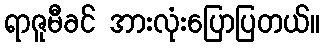
ရာဇူမီခင် အားလုံးပြောပြတယ်။